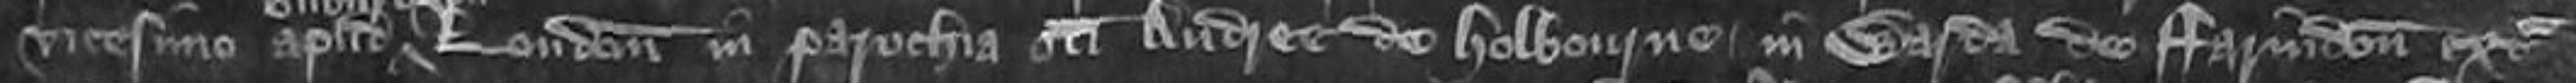
vicesimo apud suburbium London in parochia Sancti Andree de Holbourne in Warda de Farindon extra